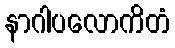
နာဂါပလောကိတံ